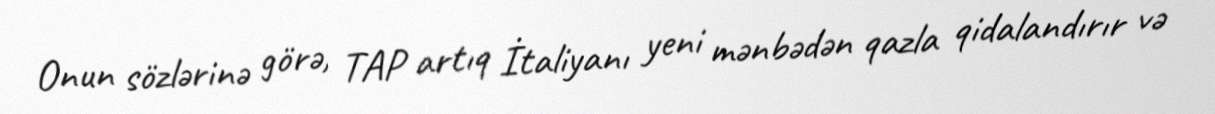
Onun sözlərinə görə, TAP artıq İtaliyanı yeni mənbədən qazla qidalandırır və